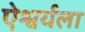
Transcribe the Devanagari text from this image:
ऐश्वर्यला